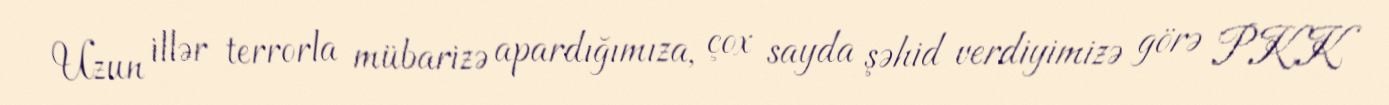
Uzun illər terrorla mübarizə apardığımıza, çox sayda şəhid verdiyimizə görə PKK